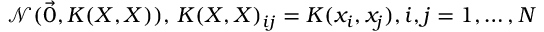
\mathcal { N } ( \vec { 0 } , K ( X , X ) ) , \, K ( X , X ) _ { i j } = K ( x _ { i } , x _ { j } ) , i , j = 1 , \ldots , N